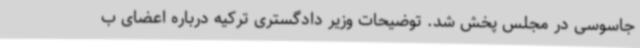
جاسوسی در مجلس پخش شد. توضیحات وزیر دادگستری ترکیه درباره اعضای ب